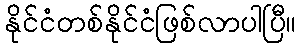
နိုင်ငံတစ်နိုင်ငံဖြစ်လာပါပြီ။